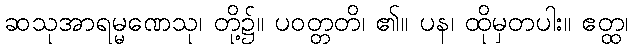
ဆသုအာရမ္မဏေသု၊ တို့၌။ ပဝတ္တတိ၊ ၏။ ပန၊ ထိုမှတပါး။ ဧတ္ထ၊